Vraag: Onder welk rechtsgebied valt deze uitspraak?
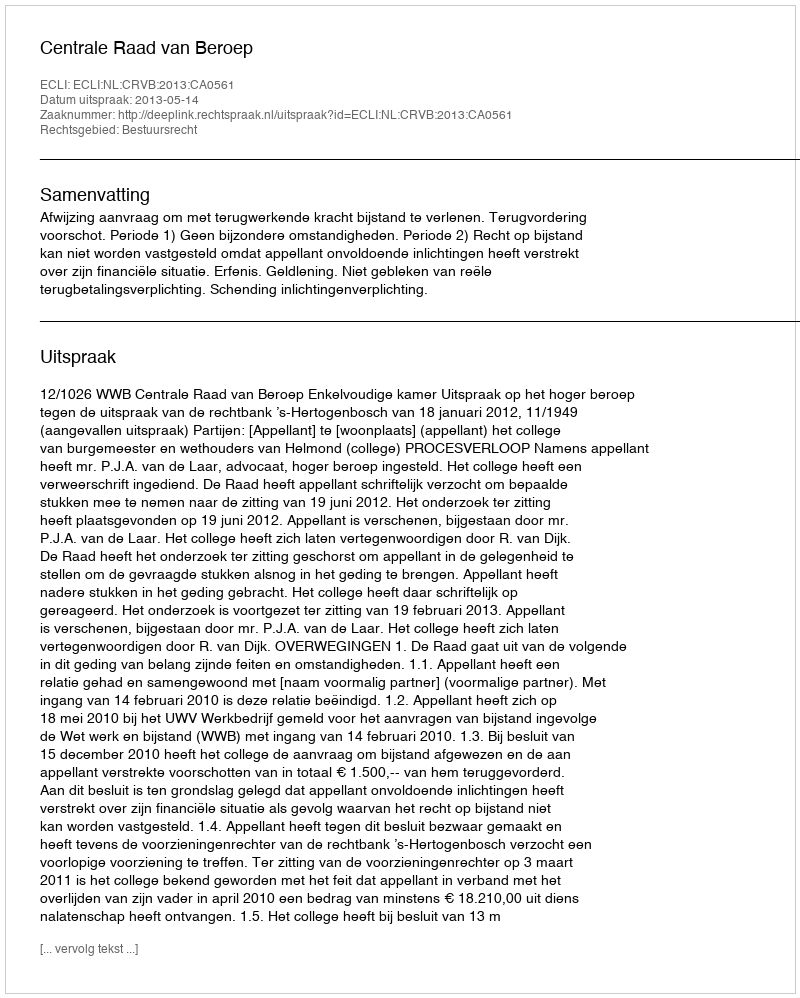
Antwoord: Bestuursrecht